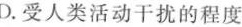
D.受人类活动干扰的程度